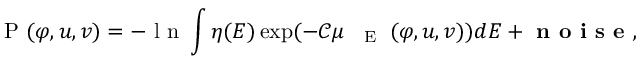
\mathrm { ~ P ~ } ( \varphi , u , v ) = - \mathrm { ~ l ~ n ~ } \int \eta ( E ) \exp ( - { \mathscr C } \mu _ { \mathrm { ~ { ~ \tiny ~ E ~ } ~ } } ( \varphi , u , v ) ) d E + \textbf { n o i s e } ,